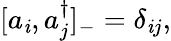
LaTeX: [a_{\mathit{i}},a_{j}^{\dagger}]_{-}=\delta_{\mathit{i}j},